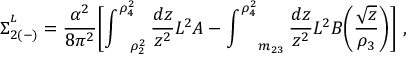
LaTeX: \Sigma _ { 2 ( - ) } ^ { ^ { L } } = \frac { \alpha ^ { 2 } } { 8 \pi ^ { 2 } } \biggl [ \int _ { \ \ \ \rho _ { 2 } ^ { 2 } } ^ { \rho _ { 4 } ^ { 2 } } \frac { d z } { z ^ { 2 } } L ^ { 2 } A - \int _ { \ \ \ \ m _ { 2 3 } } ^ { \rho _ { 4 } ^ { 2 } } \frac { d z } { z ^ { 2 } } L ^ { 2 } B \biggl ( \frac { \sqrt { z } } { \rho _ { 3 } } \biggr ) \biggr ] \ ,